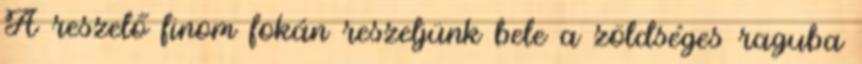
A reszelő finom fokán reszeljünk bele a zöldséges raguba